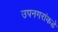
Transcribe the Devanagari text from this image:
उपनगरांकडे